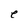
Character: e